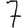
Digit: 7